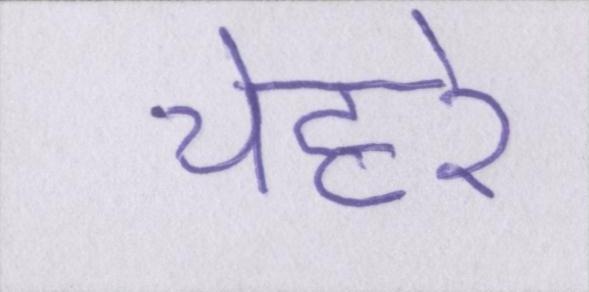
चेहरे